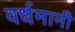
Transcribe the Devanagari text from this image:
वर्धमानी